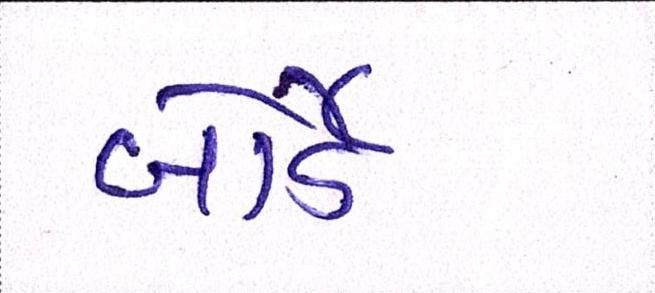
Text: બોર્ડે